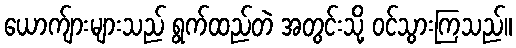
ယောက်ျားများသည် ရွက်ထည်တဲ အတွင်းသို့ ဝင်သွားကြသည်။